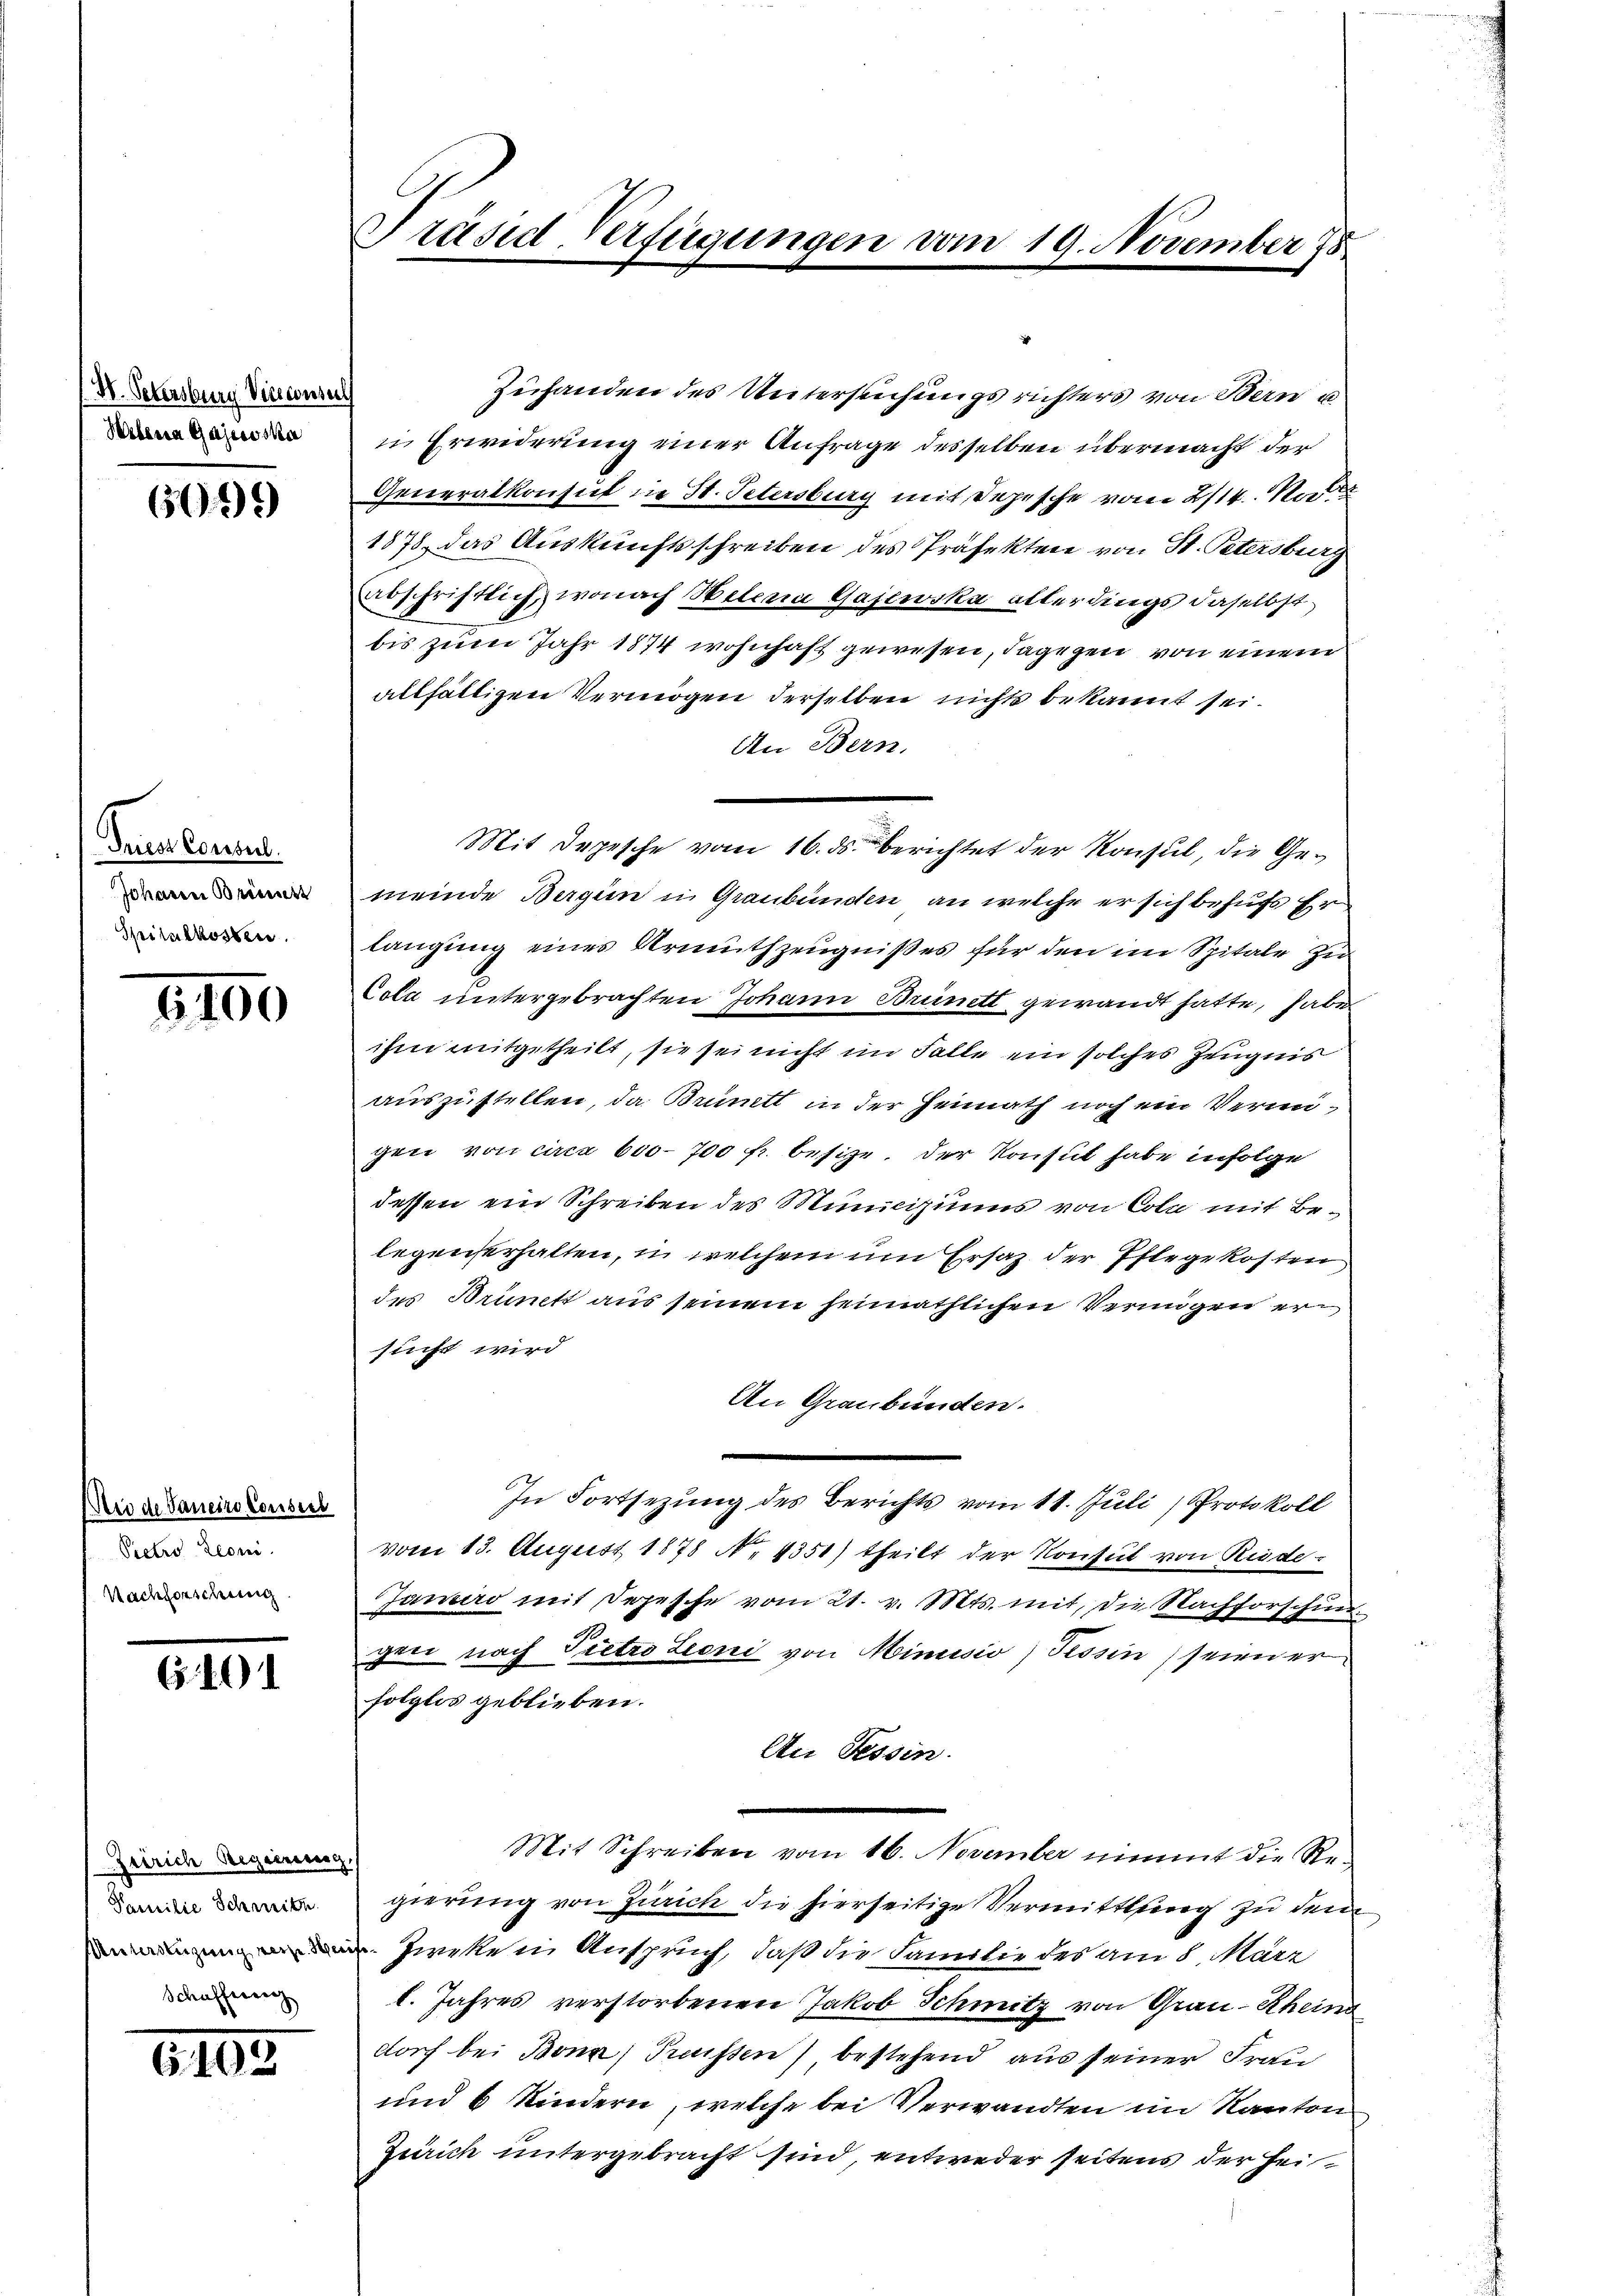
N. Petersburg Vinconseil
Helena Gajecoska

6099)

Gruss Consul
Johannen Brisiert
Spitalkosten.

6190

ii de Vaneiro Conseil
Pietro Leoni
Nachforschung

G40

Zeirich Regierung,
Familie Schwitz.
Schafferenz

6100

Präsid-Verfügungen vom 19. November 78

Zuhanden des Untersuchungsrichters von Bern u
i Erwiderung einer Anfrage desselben übermacht der
Generalkonsul in St. Petersburg mit Depesche vom 8/14. Na
1878, das Auskunftsschreiben des Präfekten von St. Petersburg
abschriftlich, wonach Heteria Gajewska allerdings daselbst
bis zum Jahr 1874 wohnhaft gewesen, dagegen von einem
allfälligen Vermögen derselben nichts bekannt sei.
An Bern.
Mit Depesche vom 16. ds. berichtet der Konsul, die Gemeinde Bergen in Graubünden, an welche er sich behufs Er
langung eines Armuthzeugnißes für den im Spitale zu
Cola untergebrachten Johann Brünett gewandt hatte, habe
ihm mitgetheilt, sie sei nicht im Falle ein solches Zeugnis
auszustellen, da Brünett in der Heimath noch ein Vermigen von circa 600-700 fr. besize. Der Konsut habe infolge
dessen ein Schreiben des Municiziums von Cola mit Belegenserhalten, u. welchem um Ersatz der Pflegekosten
des Brinett aus seinem heimathlichen Vermögen er
sucht wird
An Graubünden.
In Fortsezung des Berichts vom 11. Juli) Protokoll
vom 13. August 1878 N. 4351) theilt der Konsul von Riede¬
Janeiro mit Depesche vom 21. v. Mts. mit, die Nachforschingere nach Pietro Leoni von Minusio) Tessin seien er
folglos geblieben.
An Tessin.
Mit Schreiben vom 16. November nimmt die Re-
gierung von Zürich die hierseitige Vermittlung zu dem
Zweken Anspruch, daß die Familie des am 8. März
l. Jahres verstorbenen Jakob Schmitz von Grau-Rheina
dorf bei Bona) Preissen) bestehend aus seiner Frau
und 6 Kindern, welche bei Verwandten im Kanton
Zürich untergebracht sind, entweder seitens der Hei¬